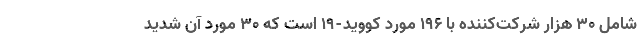
شامل ۳۰ هزار شرکت‌کننده با ۱۹۶ مورد کووید-۱۹ است که ۳۰ مورد آن شدید